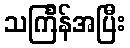
သင်္ကြန်အပြီး